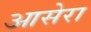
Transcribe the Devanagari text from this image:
आसेरा